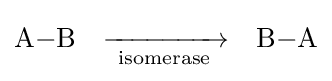
{\ce {A-B}}\quad {\xrightarrow[{\text{ isomerase }}]{}}\quad {\ce {B-A}}